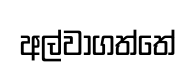
අල්වාගත්තේ